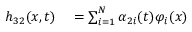
\begin{array} { r l } { h _ { 3 2 } ( x , t ) } & { { } = \sum _ { i = 1 } ^ { N } \alpha _ { 2 i } ( t ) \varphi _ { i } ( x ) } \end{array}